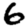
Digit: 6